Document type: Inventory
Year: 1295
Scribe: Pere Marc
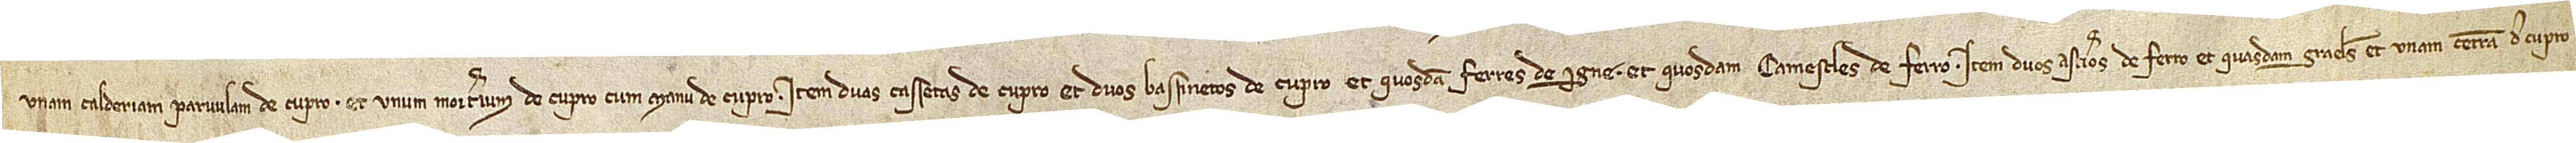
unam calderiam parvulam de cupro, et unum morterium de cupro cum manu de cupro; item, duas cassetas de upro et duos bassinetos de cupro, et quosdam ferres de igne, et quosdam camescles de ferro; item, duos asterios de ferro, et quasdam graeles, et unam cerram de cupro,